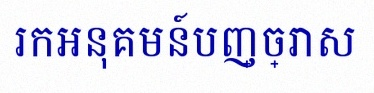
រកអនុគមន៍បញ្ច្រាស